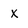
Character: x